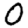
Digit: 0